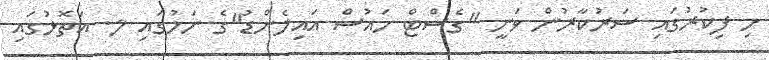
މި ފިކުރުގައި ސަރުކާރުން ވަނީ "ގެސްޓް ހައުސް އައިލެންޑު"ގެ ނަމުގައި ލ. އަތޮޅުގައި